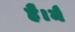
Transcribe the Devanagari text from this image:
है।मै